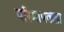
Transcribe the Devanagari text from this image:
परिमापकता